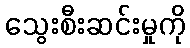
သွေးစီးဆင်းမှုကို